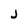
Character: j